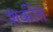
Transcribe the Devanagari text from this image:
शकीत